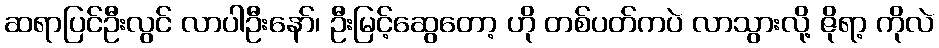
ဆရာပြင်ဦးလွင် လာပါဦးနော်၊ ဦးမြင့်ဆွေတော့ ဟို တစ်ပတ်ကပဲ လာသွားလို့ ဇိုရာ့ ကိုလဲ